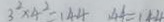
3 ^ { 2 } \times 4 ^ { 2 } = 1 4 4 4 4 = 1 4 4